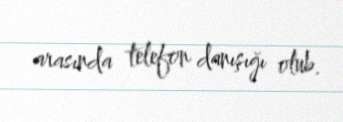
arasında telefon danışığı olub.